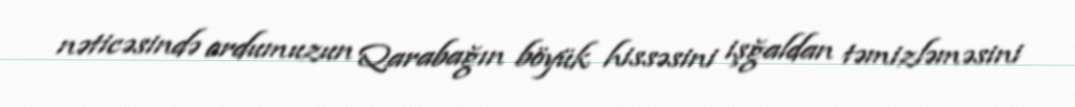
nəticəsində ordumuzun Qarabağın böyük hissəsini işğaldan təmizləməsini